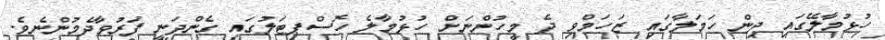
ހުޅުމާލޭގައި ދިން ހަމަލާގައި ޒަހަމްވި ދެ މީހުންނަށް ހުޅުމާލެ ހޮސްޕިޓަލުގައި ގެންދަނީ ފަރުވާދެމުންނެވެ.